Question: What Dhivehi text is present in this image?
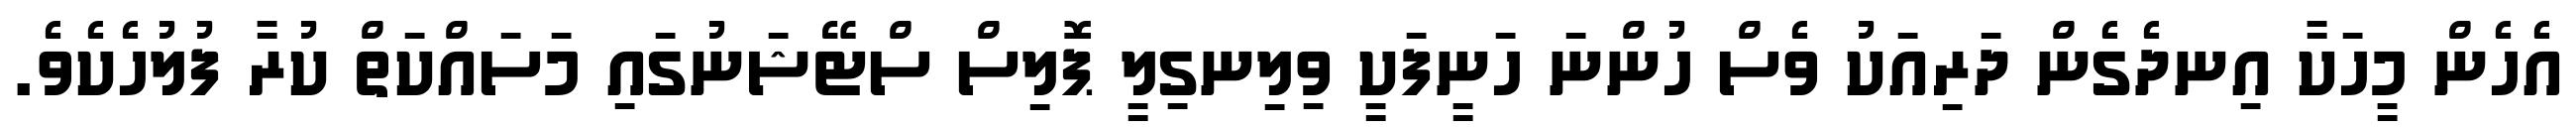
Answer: އެހެން މީހަކާ އިނދެގެން ދަރިއަކު ވެސް ހުންނަ ހަނީފަކީ ވިލިނގިލީ ޕޮލިސް ސްޓޭޝަނުގައި މަސައްކަތް ކުރާ ފުލުހެކެވެ.